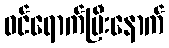
ဝင်ရောက်ပြီးနောက်